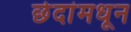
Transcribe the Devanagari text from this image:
छेदांमधून